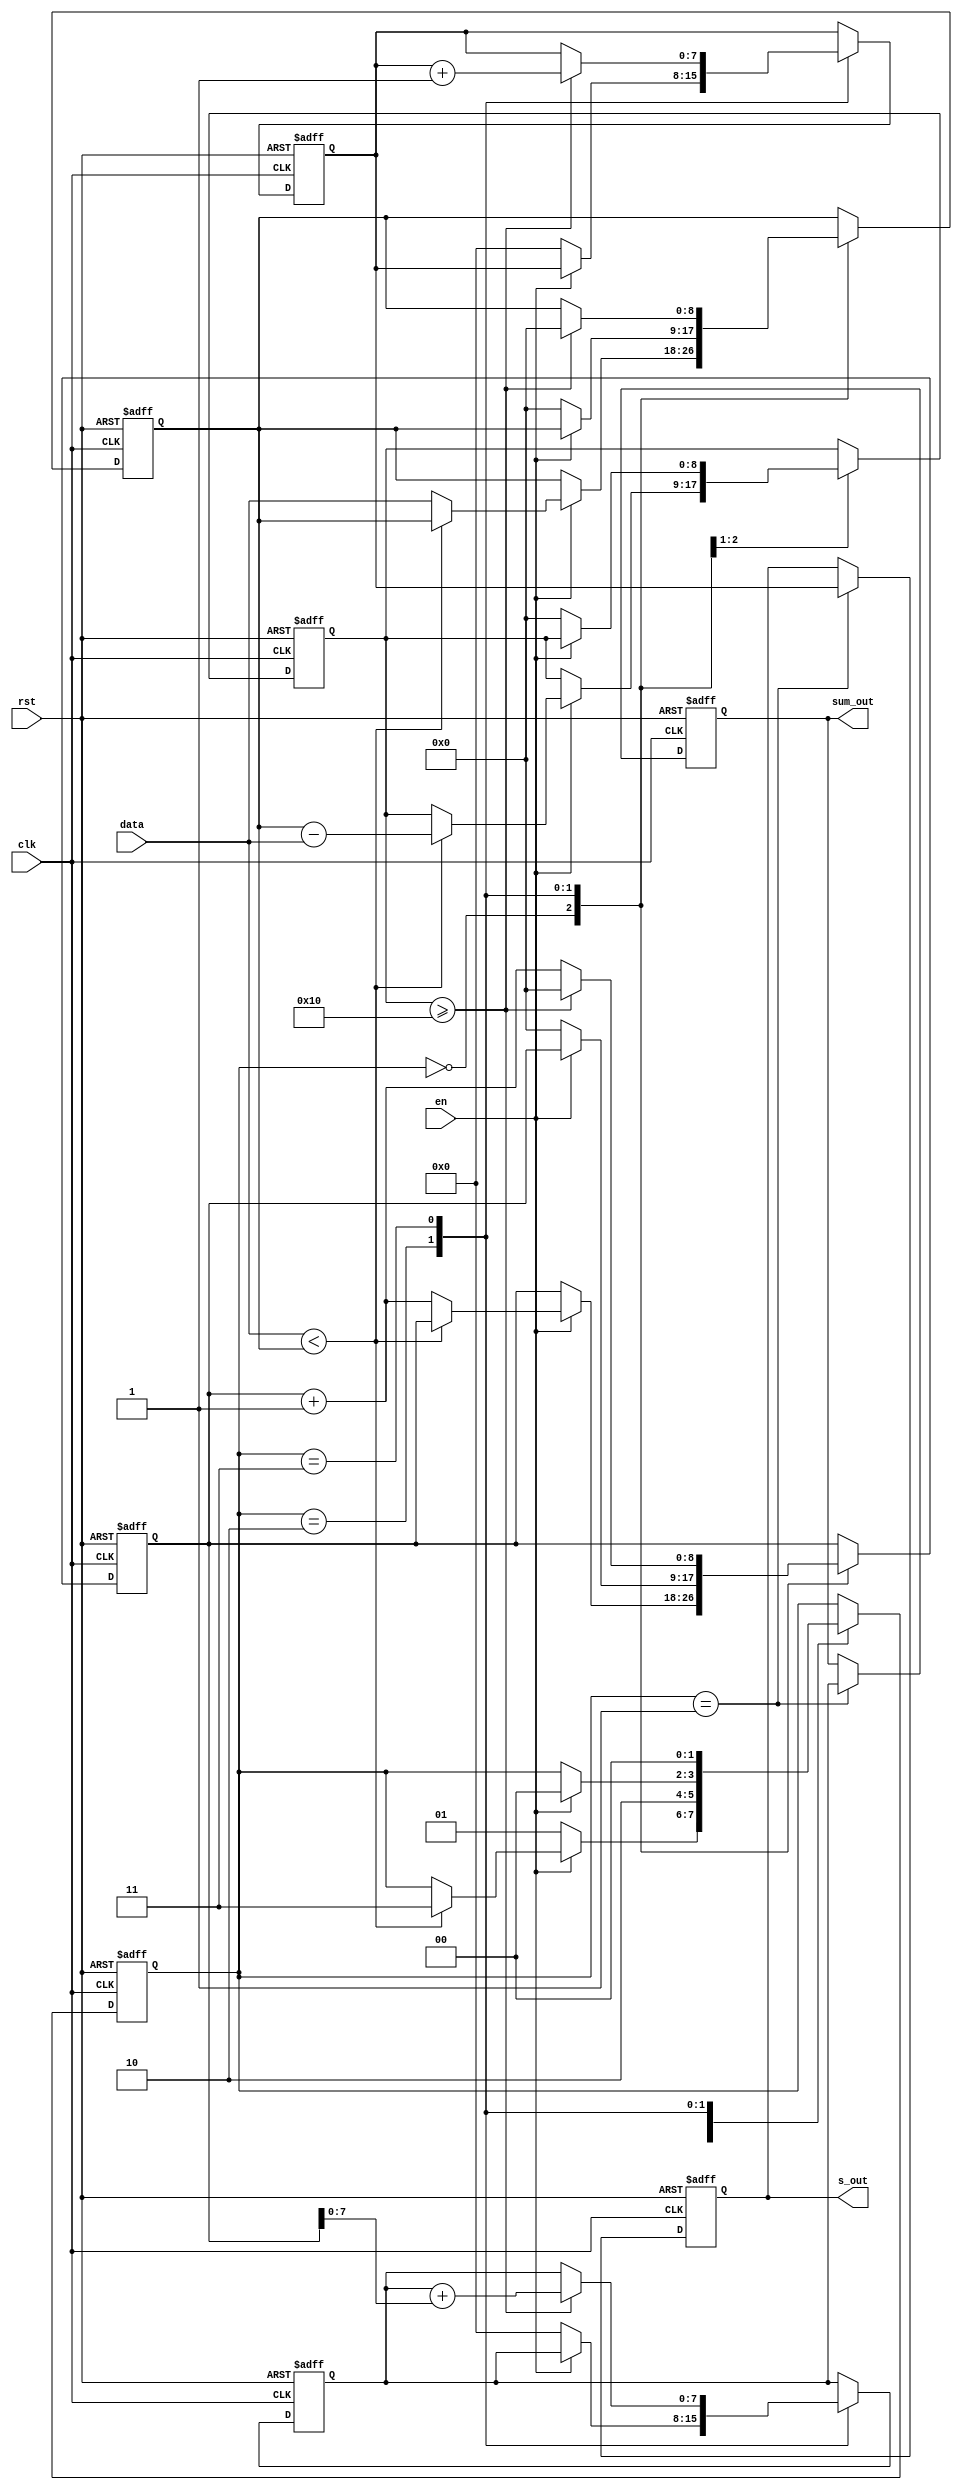
module chuli(
input clk,//cj_clk 20Hz
input [8:0]data,
input  en,
input rst,
//output[7:0] xl_out
output  [7:0] sum_out,
output  [7:0] s_out
//output  [9:0] xl_out
   );


reg [8:0]db;
reg [7:0]sum;  //
reg [8:0]c;    //
reg [7:0]s;    //
reg  [8:0]x;     
reg[7:0] xl;
reg [7:0] sum_out_r;
reg [7:0] s_out_r;
//reg[9:0]xl_out_r;
reg [1:0] t;    //zhuangtai
//assign xl_out = xl_out_r;
assign sum_out = sum_out_r;
assign s_out = s_out_r;

always@(posedge clk or posedge rst)
begin
 if(rst==1 )
    begin
     xl <= 0;
     sum <=0;
     db <=0;
     s  <=0;
     c <=0;
     x  <=0;
//    xl_out_r <= 0;
    t <=0;
 sum_out_r<=0;
 s_out_r<=0;
    end
 else
begin 
  case(t)
   2'b00:begin
      if(en==0   )
         begin
         t <= 1;   //
          end
      else if (data < db)
          begin 
          c <= db-data;
          t <= 3;  //
       end
     else 
         begin 
        db <= data;
         x <=x+1;
        end  
end


 2'b01:begin                     
    sum_out_r <= sum;
    s_out_r   <= s;
    t  <= 2;  //
       end

 2'b10:begin
 if(en ==1)    
  begin t <=0; end
 else
  begin
     sum <=0;
     db <=0;
     s  <=0;
     c <=0;
     x  <=0;
   end
 end

2'b11:begin
    if(c>=16)     //20
      begin 
      s <= s+1; 
      sum <= sum+x;
      db <= 0;
      x  <= 0;
      t  <= 0;
      end  
      else 
      begin  
      x <= x+1;
      t <= 0;
      end
end
endcase
end
end
endmodule